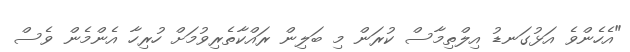
"އެހެންވެ އަޅުގަނޑު އިލްތިމާސް ކުރަން މި ބަލިން ރައްކާތެރިވުމަށް ހުރިހާ އެންމެން ވެސް